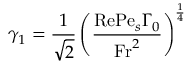
\gamma _ { 1 } = \frac { 1 } { \sqrt { 2 } } \left( \frac { \mathrm { R e } \mathrm { P e } _ { s } \Gamma _ { 0 } } { \mathrm { F r } ^ { 2 } } \right) ^ { \frac { 1 } { 4 } }